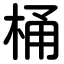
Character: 桶